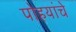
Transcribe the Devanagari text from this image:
पोहयांचे